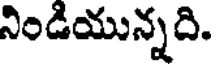
నిండియున్నది.